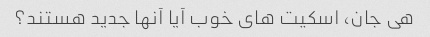
هی جان، اسکیت های خوب آیا آنها جدید هستند؟